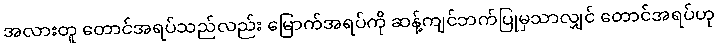
အလားတူ တောင်အရပ်သည်လည်း မြောက်အရပ်ကို ဆန့်ကျင်ဘက်ပြုမှသာလျှင် တောင်အရပ်ဟု